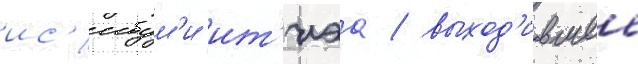
ис'ибум'и ит'иэа / выход'ившее